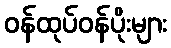
ဝန်ထုပ်ဝန်ပိုးများ